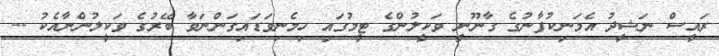
ރައީސް ނަޝީދު އެމަނިކުފާނުގެ ގާނޫނީ ވަކީލުންގެ ޓީމުގައި ހިމެނިވަޑައިގަންނަވާ ބޭރުގެ ވަކީލުންނާއެކު --